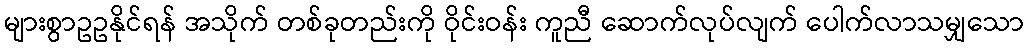
များစွာဥဥနိုင်ရန် အသိုက် တစ်ခုတည်းကို ဝိုင်းဝန်း ကူညီ ဆောက်လုပ်လျက် ပေါက်လာသမျှသော